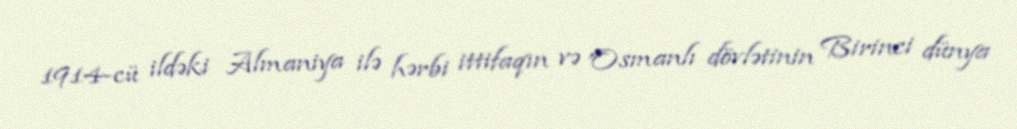
1914-cü ildəki Almaniya ilə hərbi ittifaqın və Osmanlı dövlətinin Birinci dünya